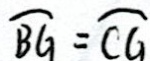
\widehat { B G } = \widehat { C G }